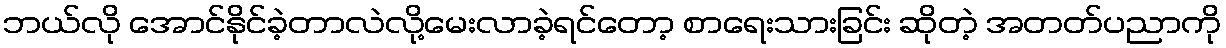
ဘယ်လို အောင်နိုင်ခဲ့တာလဲလို့မေးလာခဲ့ရင်တော့ စာရေးသားခြင်း ဆိုတဲ့ အတတ်ပညာကို